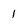
Character: 1